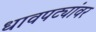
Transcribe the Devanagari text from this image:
धावपट्यांवर